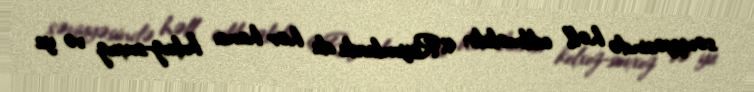
səviyyəsində həll edilməlidir: «Rayonlarda da hər hansı kolxoz-sovxoz və ya